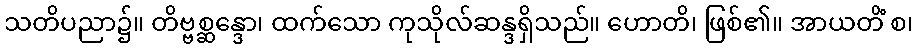
သတိပညာ၌။ တိဗ္ဗစ္ဆန္ဒော၊ ထက်သော ကုသိုလ်ဆန္ဒရှိသည်။ ဟောတိ၊ ဖြစ်၏။ အာယတိံ စ၊